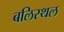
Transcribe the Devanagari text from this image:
बलिस्थल